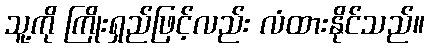
သူ့ကို ကြိုးရှည်ဖြင့်လည်း လံထားနိုင်သည်။